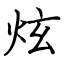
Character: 炫